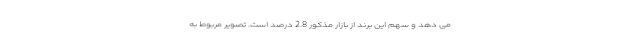
می دهد و سهم این برند از بازار مذکور 2.8 درصد است. تصویر مربوط به